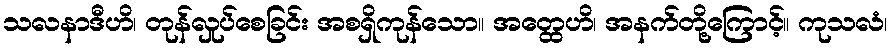
သလနာဒီဟိ၊ တုန်လှုပ်စေခြင်း အစရှိကုန်သော။ အတ္ထေဟိ၊ အနက်တို့ကြောင့်။ ကုသလံ၊